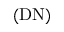
( \mathrm { D N } )